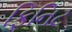
ફિનિટ